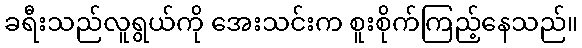
ခရီးသည်လူရွယ်ကို အေးသင်းက စူးစိုက်ကြည့်နေသည်။